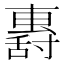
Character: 𡭏